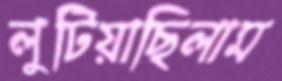
লুটিয়াছিলাম